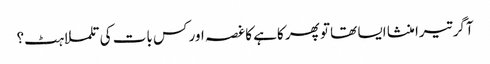
آگر تیرا منشا ایسا تھا تو پھر کاہے کا غصہ اور کس بات کی تلملاہٹ؟